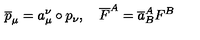
\overline { { p } } _ { \mu } = a _ { \mu } ^ { \nu } \circ p _ { \nu } , \quad \overline { { F } } ^ { A } = \overline { { a } } _ { B } ^ { A } F ^ { B }